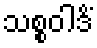
သစ္စဝါဒိံ